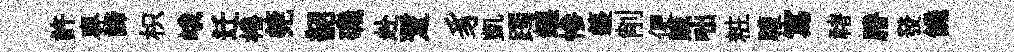
許專諦枳峨迁棬筦韶磯赴蹔豸凱躅鑣慘籩削便贓咄粧驩寫禇謄發饑